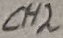
Text: CH2